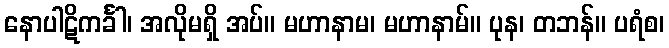
နောပါဋိကင်္ခါ၊ အလိုမရှိ အပ်။ မဟာနာမ၊ မဟာနာမ်။ ပုန၊ တဘန်။ ပရံစ၊